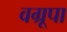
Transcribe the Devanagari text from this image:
वग्रूपा